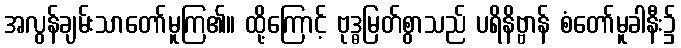
အလွန်ချမ်းသာတော်မူကြ၏။ ထို့ကြောင့် ဗုဒ္ဓမြတ်စွာသည် ပရိနိဗ္ဗာန် စံတော်မူခါနီး၌